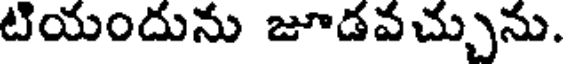
టియందును జూడవచ్చును.